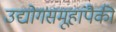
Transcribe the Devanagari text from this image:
उद्योगसमूहांपैकी